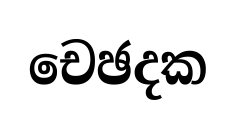
චෙඡදක